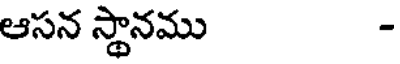
ఆసన స్థానము -